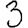
Digit: 3